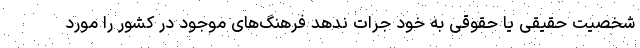
شخصیت حقیقی یا حقوقی به خود جرات ندهد فرهنگ‌های موجود در کشور را مورد